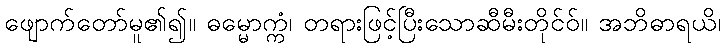
ဖျောက်တော်မူ၏၍။ ဓမ္မောက္ကံ၊ တရားဖြင့်ပြီးသောဆီမီးတိုင်ဝ်။ အဘိဓာရယိ၊